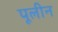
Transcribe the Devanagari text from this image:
पूलीन